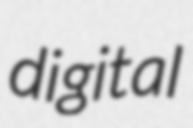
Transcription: digital